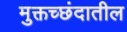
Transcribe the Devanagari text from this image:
मुक्तच्छंदातील